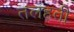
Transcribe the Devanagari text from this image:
तलहती